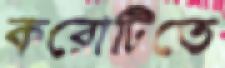
করোটিতে